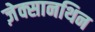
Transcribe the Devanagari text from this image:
ज़ेक्सानथिन